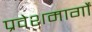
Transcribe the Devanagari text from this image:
प्रवेशमार्गों